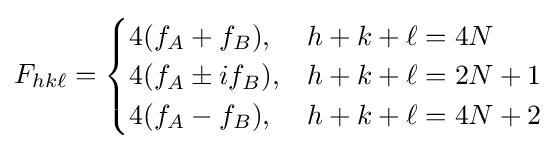
F_{hk\ell }={\begin{cases}4(f_{A}+f_{B}),&h+k+\ell =4N\\4(f_{A}\pm if_{B}),&h+k+\ell =2N+1\\4(f_{A}-f_{B}),&h+k+\ell =4N+2\\\end{cases}}